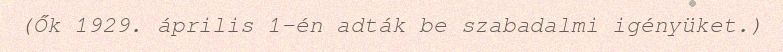
(Ők 1929. április 1-én adták be szabadalmi igényüket.)